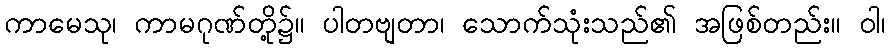
ကာမေသု၊ ကာမဂုဏ်တို့၌။ ပါတဗျတာ၊ သောက်သုံးသည်၏ အဖြစ်တည်း။ ဝါ၊